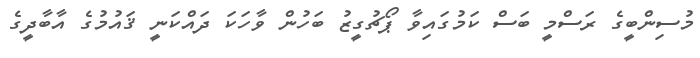
މުސިންބީގެ ރަސްމީ ބަސް ކަމުގައިވާ ޕޯޗުގީޒު ބަހުން ވާހަކަ ދައްކަނީ ޤައުމުގެ އާބާދީގެ